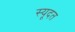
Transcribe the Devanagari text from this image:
स्यूदत